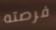
فرصته